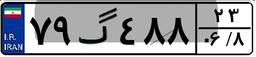
۷۹گ۴۸۸۲۳